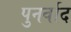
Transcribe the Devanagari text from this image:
पुनर्वाद